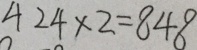
4 2 4 \times 2 = 8 4 8